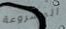
المشروعة